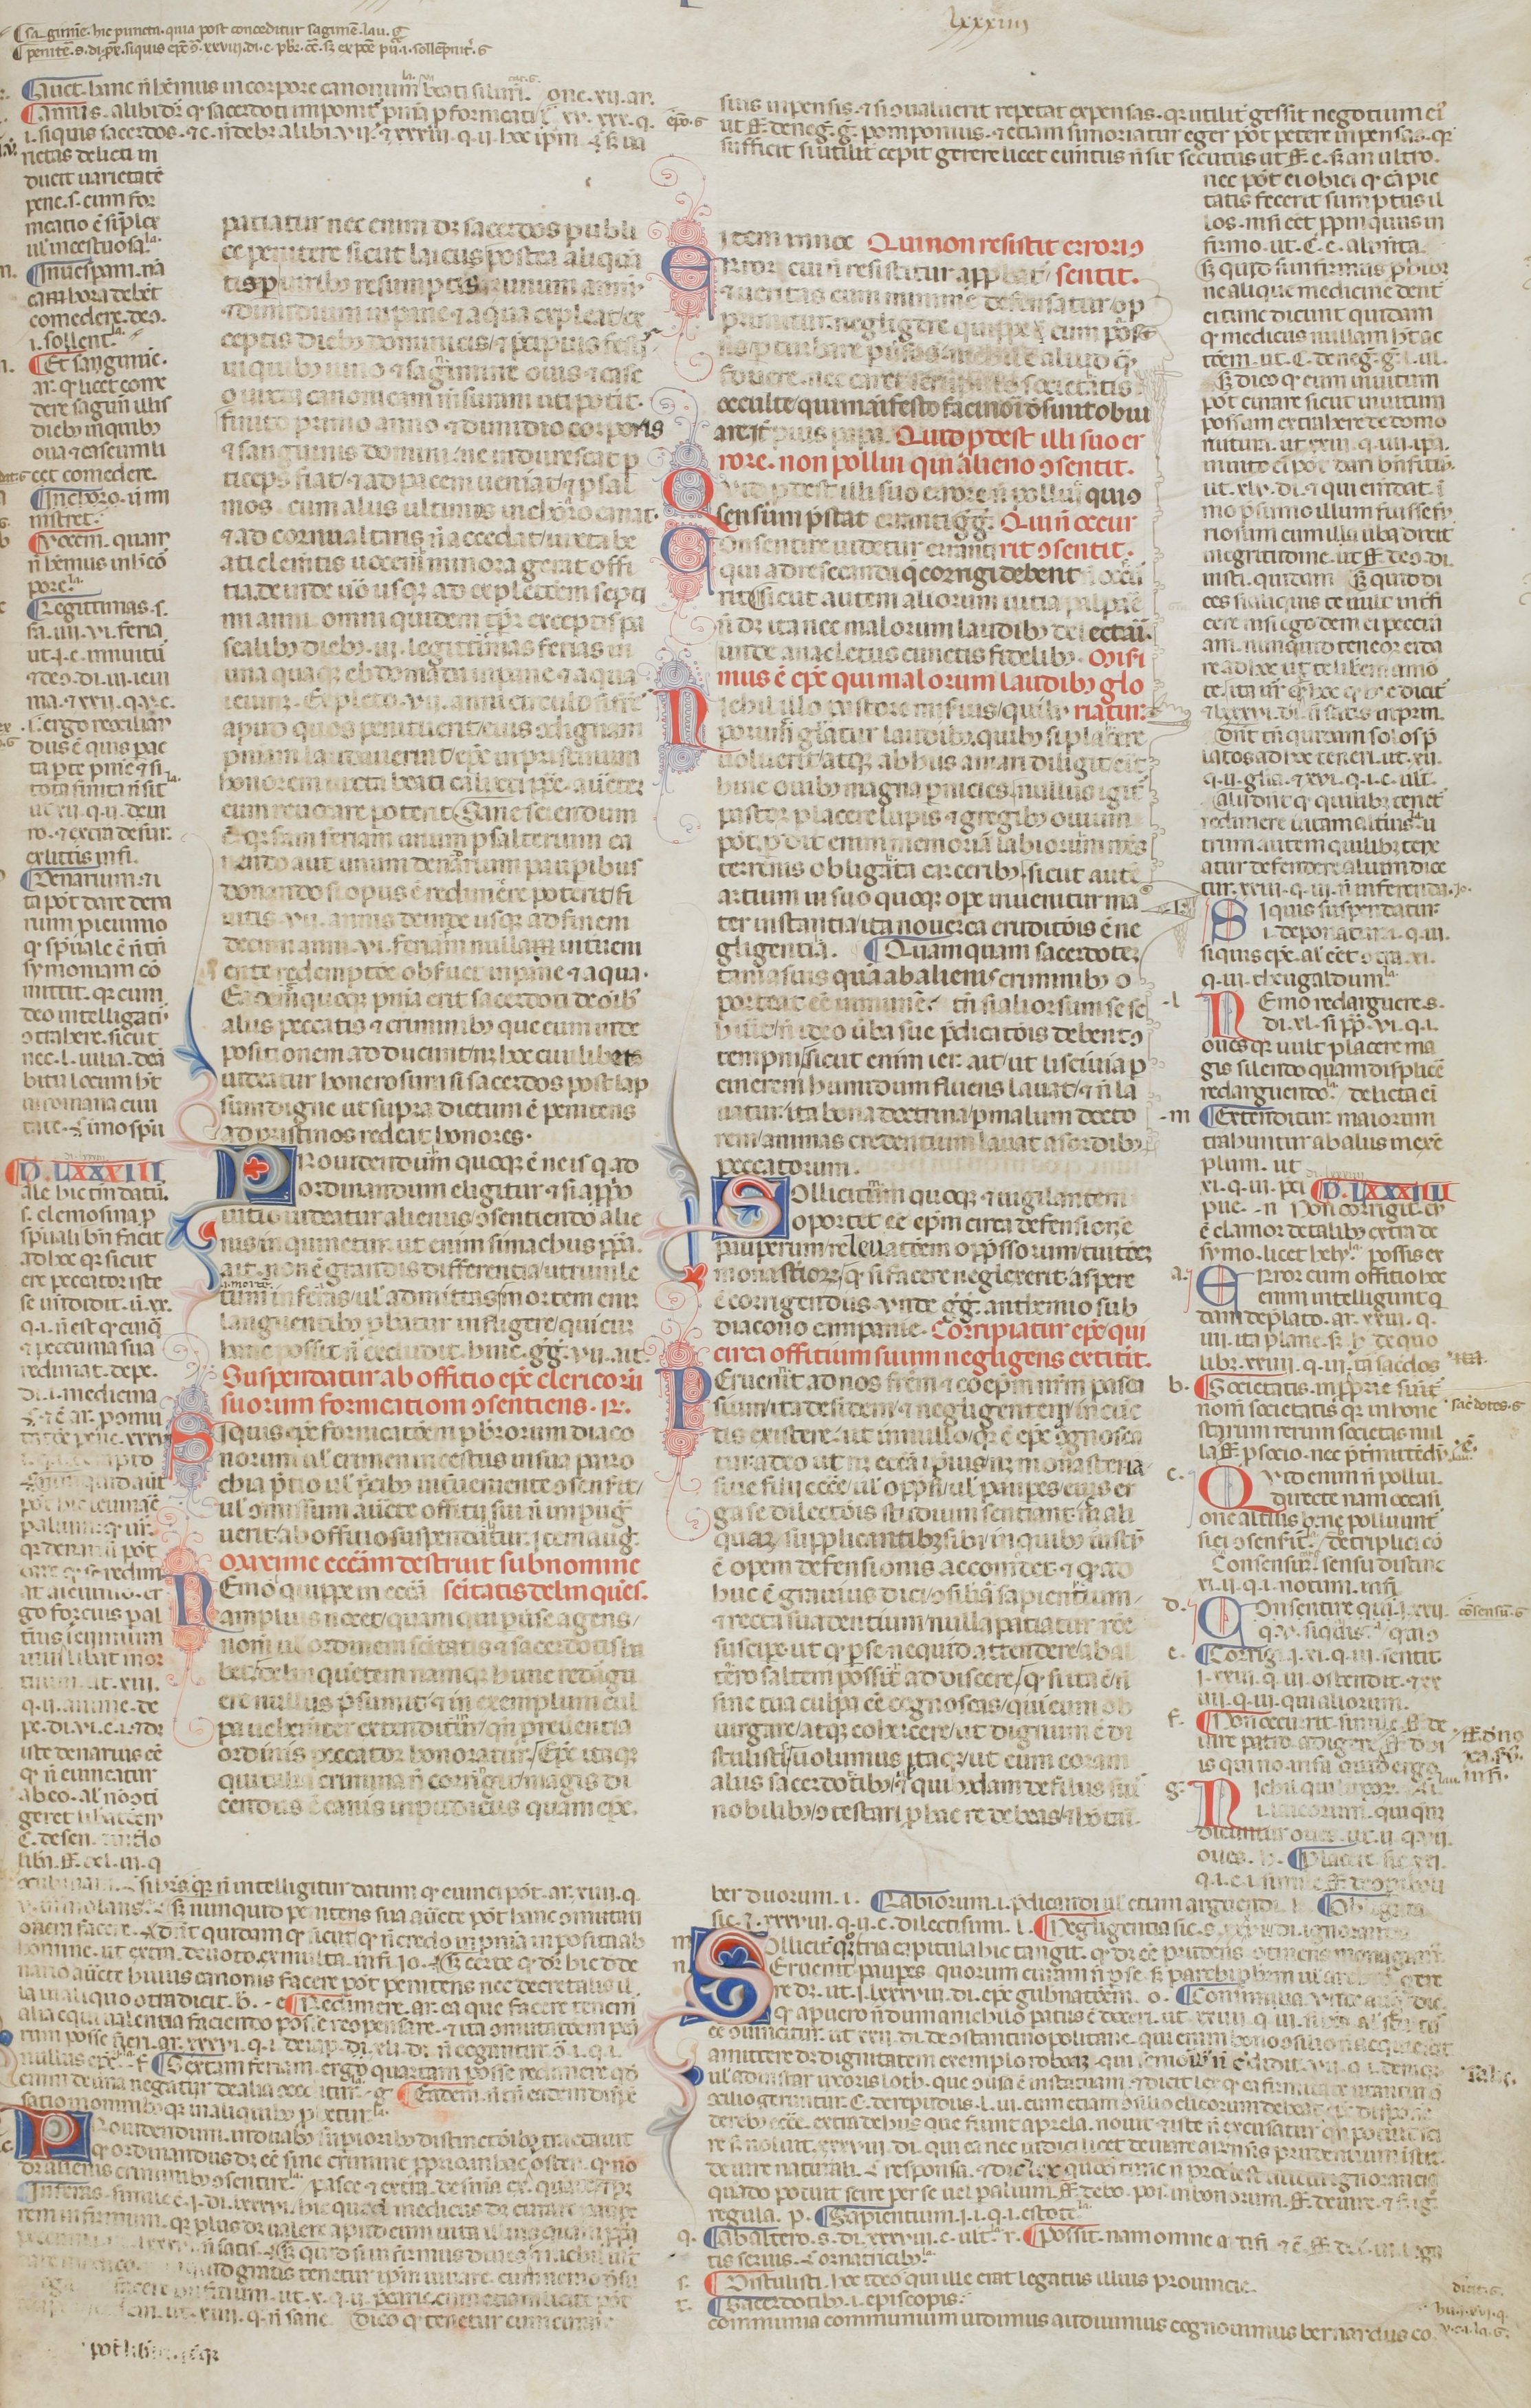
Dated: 1200–1399